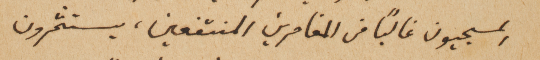
المسيحيون غالباً من المغامرين المنتفعين، يستثمرون